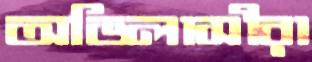
অভিলাসীরা